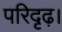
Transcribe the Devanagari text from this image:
परिदृढ़।